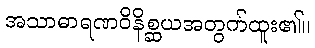
အသာဓာရဏဝိနိစ္ဆယအတွက်ထူး၏။